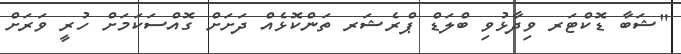
"ޝަބާ ޑޮކްޓަރ ވިދާޅުވި ބްލަޑް ޕްރެޝަރ ތަންކޮޅެއް ދަށަށް ގޮއްސަކަމަށް ހުރީ ވަރަށް